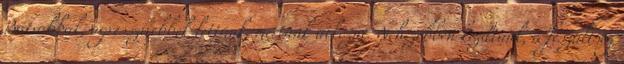
Bátrabbak, agresszívebbek lettünk, mertünk ütközni. Nehezebben kezdtünk, a feszültség